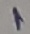
Text: 1